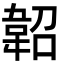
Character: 𩎣